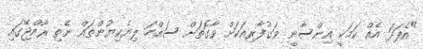
"އެފަދަ އެއް ކަމަކީ އިންސާނީ ވަގުފާރިއަކަށް ވާގޮތަށް ސައްހަ ލިޔެކިޔުންތައް ނެތި ރާއްޖޭގައި